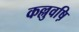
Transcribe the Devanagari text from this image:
कल्लुवष़ि